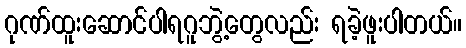
ဂုဏ်ထူးဆောင်ပါရဂူဘွဲ့တွေလည်း ရခဲ့ဖူးပါတယ်။